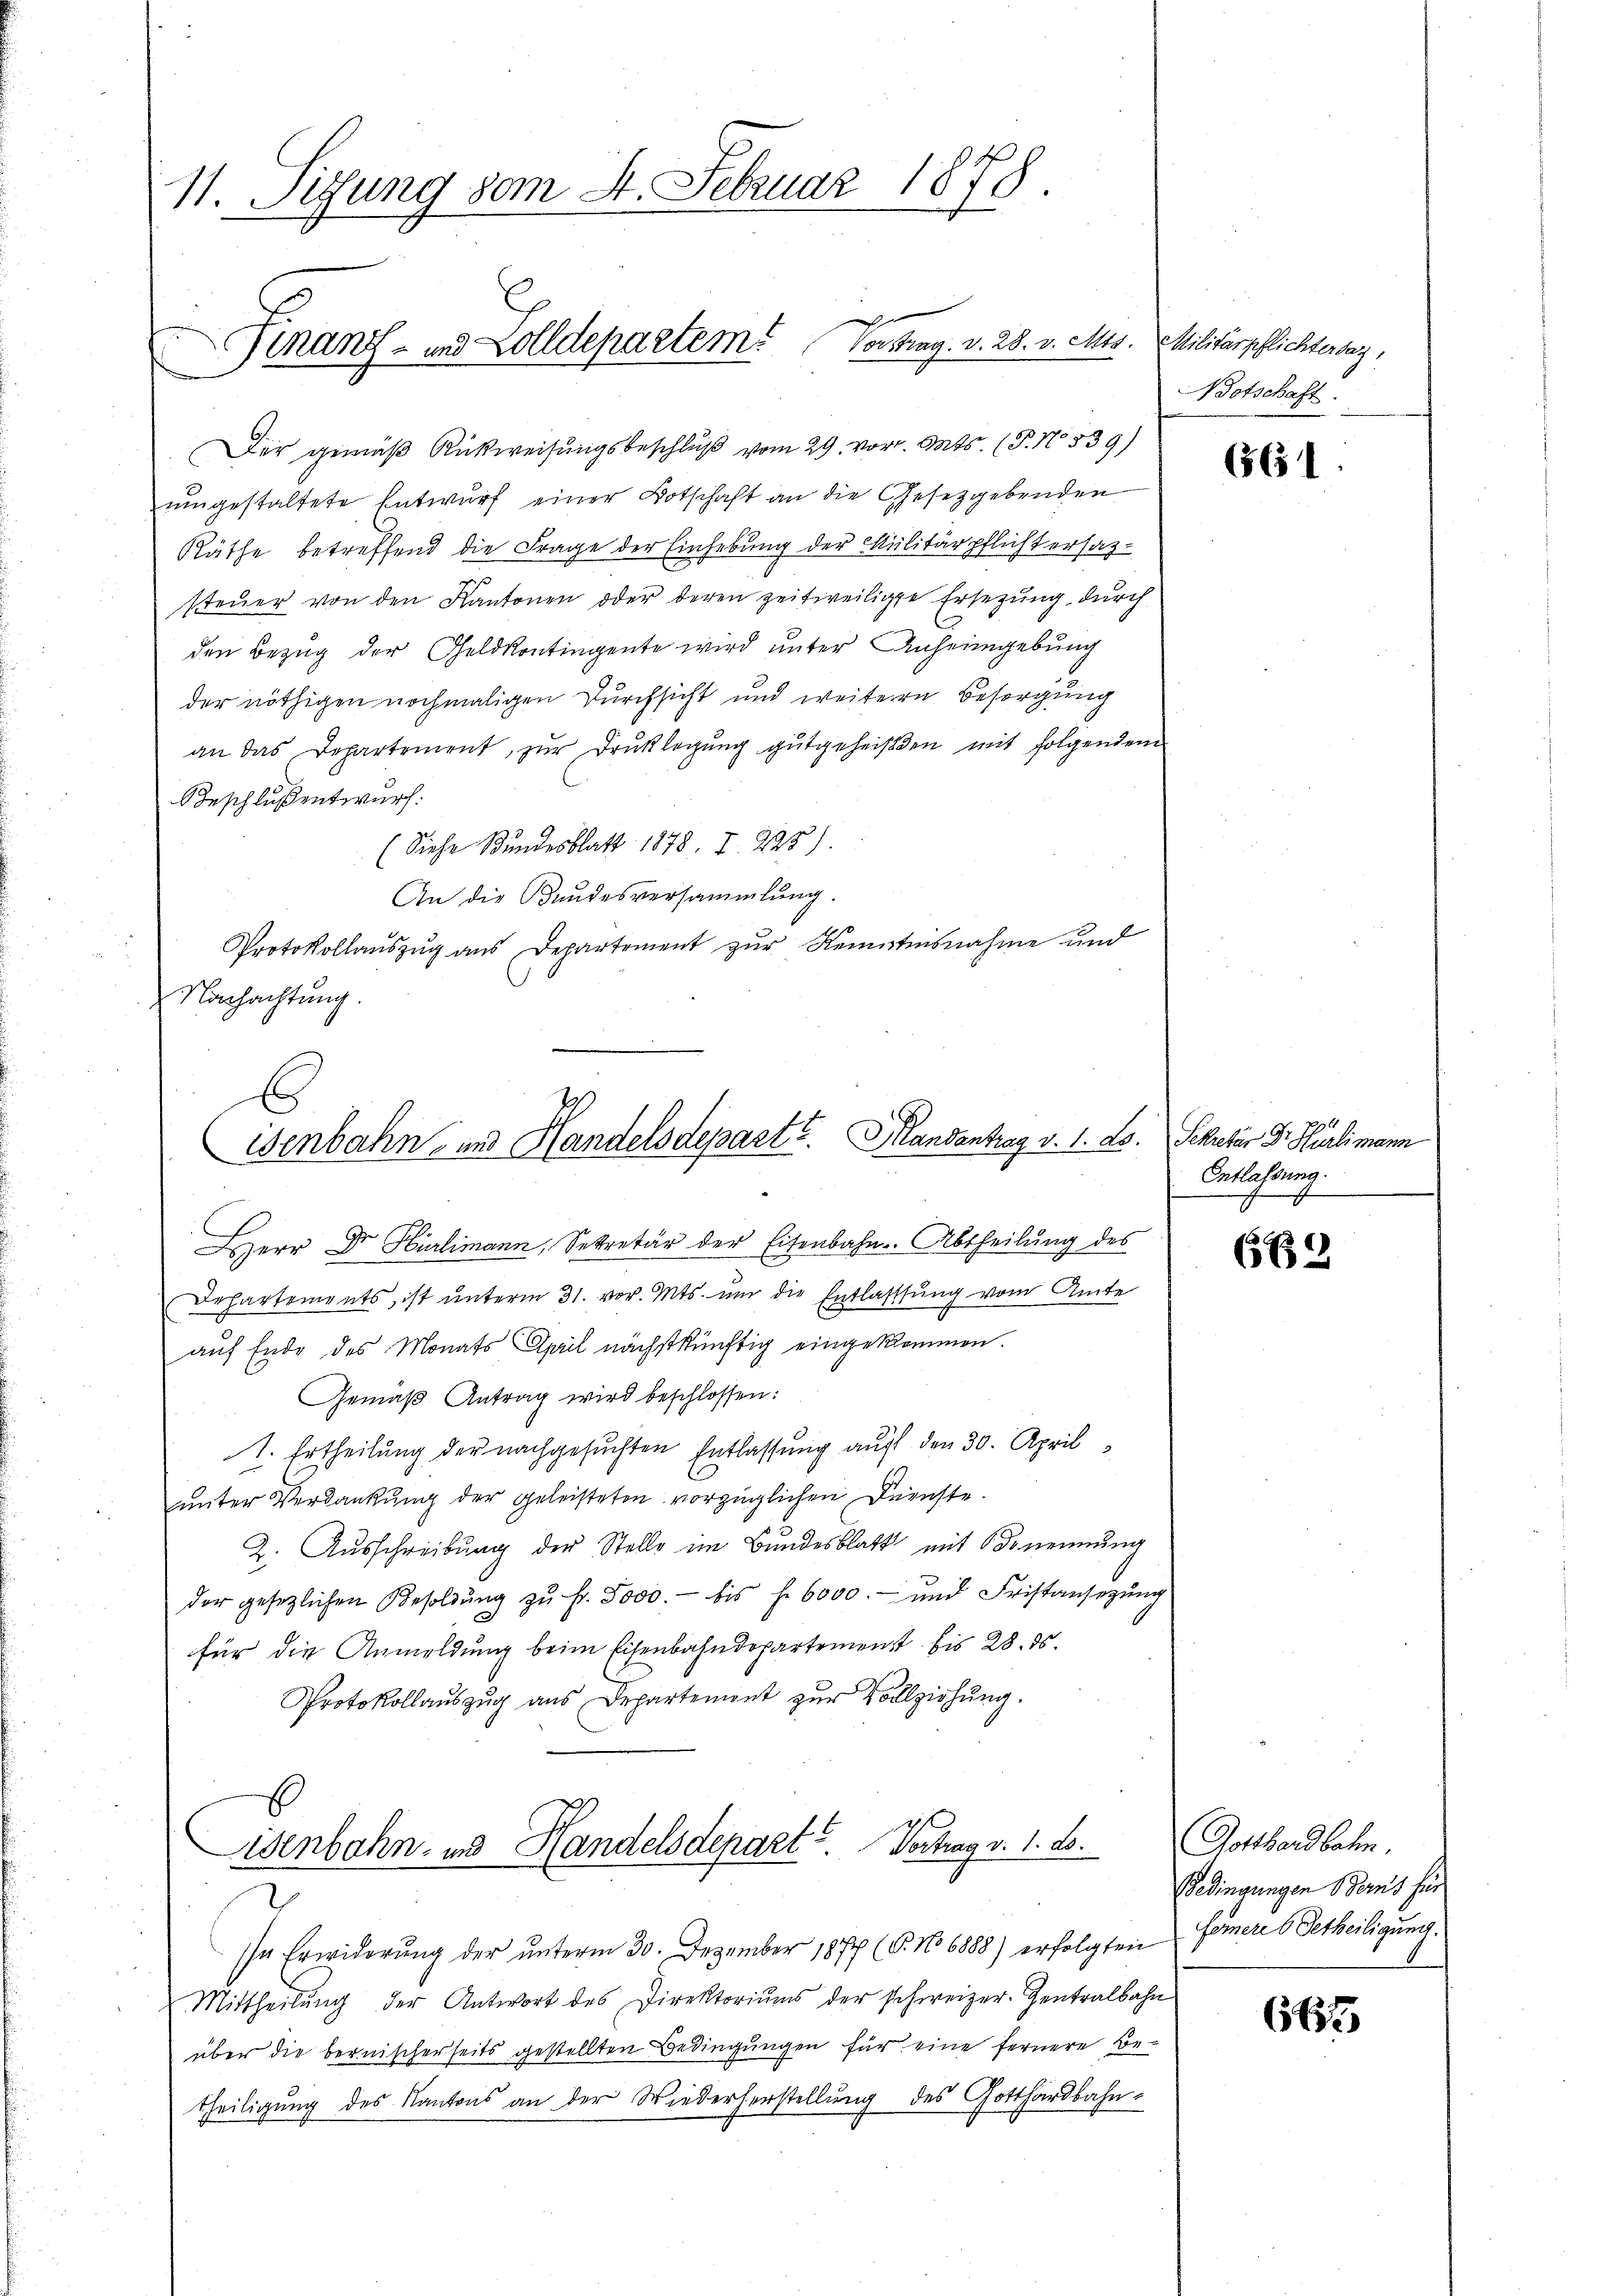
11. Sizung vom 4. Februar 1878

Finanz- und Zolldepartem Vortrag. v. 28. v. Mts.

Ich
Wenbahn- und Handelsdeparte. Mandantrag v. 1. ds.

Wenbahn- und Handelsdepart. Vertrag v. 1. ds.

Der gemäß Rückweisungsbeschluß vom 29 vor. Mts. (T. No 539)
umgestaltete Entwurf einer Botschaft an die Gesetzgebenden
Räthe betreffend die Frage der Einhebung der Militärpflicht ersatz¬
.
steuer von den Kantonen oder deren zeitweiligte Ersezung durch
den Bezug der Geldkontingente wird unter Anheimgebung
der nöthigen nochmaligen Durchsicht und weitere Besorgung
an das Departement, zur Druklegung gutgeheißen mit folgendem
Beschluß entwurf:
(Siehe Bundesblatt 1878, I. 225)
An die Bundesversammlung.
Protokollauszug aus Departement zur Kenntnisnahme und
Nachachtung.

Militärpflichtersag
Botschaft.

HHerr Dr. Hürlimann, Sekretär der Eisenbahn-Abtheilung des
Dehartements, ist unterm 31. vor. Mts. um die Entlassung vom Amte
auf Ende des Monats April nächstkünftig eingekommen.
Gemäß Antrag wird beschlossen:
1. Ertheilung der nachgesuchten Entlassung auf den 30. April
uunter Verdankung der geleisteten vorzüglichen Dienste.
2. Ausschreibung der Stelle im Bundesblatt mit Benennung
der gesetzlichen Besoldŭng zŭ fr. 5000.- bis f. 6000.- und Fristansezung
für die Anmeldung beim Eisenbahndepartement bis 28. ds.
Protokollauszug aus Departement zur Vollziehung.
E

In Erwiderung der unterm 30. Dezember 1877 (T. No 6888) erfolgten
Mittheilŭng der Antwort des Direktoriŭms der schweizer-Zentralbahn
über die bernischerseits gestellten Bedingungen für eine fernere Betheiligung des Kantons an der Wiederherstellung des Gotthardbahn¬

564.

4
Sekretär Dr. Hürlimann
Entlassung.
s

680

Gotthardbahn.
Bedingungen Berns für
Homere betheiligung.

667